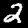
Label: 2